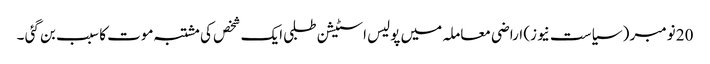
20 نومبر ( سیاست نیوز) اراضی معاملہ میں پولیس اسٹیشن طلبی ایک شخص کی مشتبہ موت کا سبب بن گئی ۔